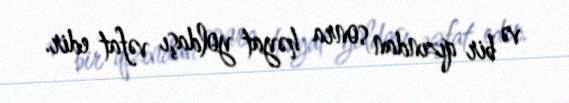
və bir qızından sonra həyat yoldaşı vəfat edir.